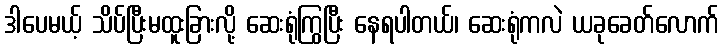
ဒါပေမယ့် သိပ်ပြီးမထူးခြားလို့ ဆေးရုံကြွပြီး နေရပါတယ်၊ ဆေးရုံကလဲ ယခုခေတ်လောက်